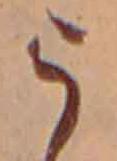
う